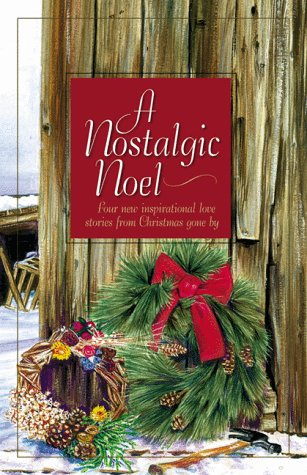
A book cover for A Nostalgic Noel: Cane Creek/Bittersweet/A Christmas Gift of Love/Honor of the Big Snows (Inspirational Christmas Romance Collection); Kay Cornelius; Religion & Spirituality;